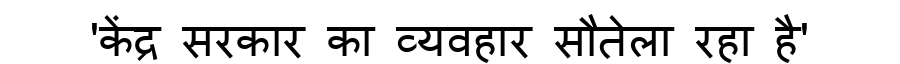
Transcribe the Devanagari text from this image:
'केंद्र सरकार का व्यवहार सौतेला रहा है'